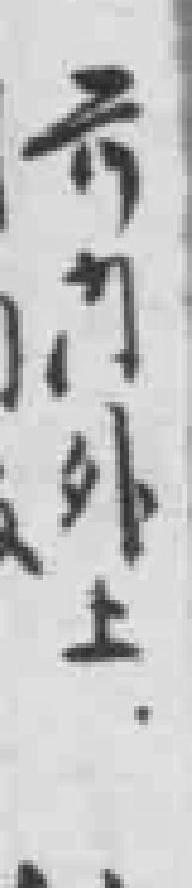
前门外上